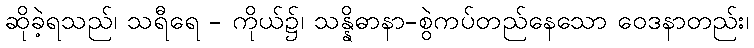
ဆိုခဲ့ရသည်၊ သရီရေ - ကိုယ်၌၊ သန္နိဓာနာ-စွဲကပ်တည်နေသော ဝေဒနာတည်း၊